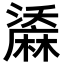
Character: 𪎤